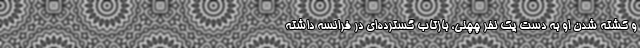
و کشته شدن او به دست یک نفر چچنی، بازتاب گسترده‌ای در فرانسه داشته